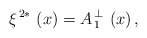
\begin{align*}\xi ^{\,2\ast }\,\left( x\right) =A_{\,1}^{\,\perp }\,\left( x\right) ,\end{align*}